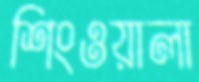
শিংওয়ালা